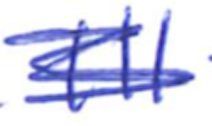
Text: III
Cross-out: scratch
Writing tool: ballpoint